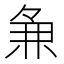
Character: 𬻵